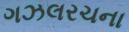
ગઝલરચના